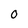
Character: O